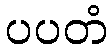
ပပတံ